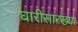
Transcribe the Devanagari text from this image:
घारीसारख्या